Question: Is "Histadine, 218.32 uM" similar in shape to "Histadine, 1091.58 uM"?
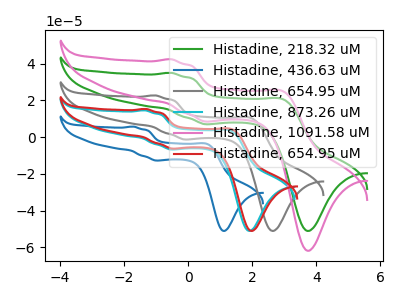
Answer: <think>The green curve "Histadine, 218.32 uM" has anodic peaks at (-0.55V, 35.00uA) (3.00V, 20.40uA) and cathodic peaks at (0.70V, 7.00uA) (3.75V, -51.10uA). The blue curve "Histadine, 436.63 uM" has anodic peaks at (-1.70V, 5.70uA) (0.60V, -3.90uA) and cathodic peaks at (-0.90V, -12.75uA) (1.15V, -51.10uA). The gray curve "Histadine, 654.95 uM" has anodic peaks at (-1.05V, 22.70uA) (2.00V, 10.20uA) and cathodic peaks at (0.00V, -1.30uA) (2.65V, -51.10uA). The cyan curve "Histadine, 873.26 uM" has anodic peaks at (-1.35V, 14.60uA) (1.35V, 3.45uA) and cathodic peaks at (-0.40V, -6.80uA) (1.95V, -51.10uA). The pink curve "Histadine, 1091.58 uM" has anodic peaks at (-0.55V, 42.40uA) (3.00V, 24.75uA) and cathodic peaks at (0.70V, 8.45uA) (3.75V, -61.85uA). The red curve "Histadine, 654.95 uM" has anodic peaks at (-1.30V, 15.35uA) (1.40V, 4.10uA) and cathodic peaks at (-0.40V, -6.25uA) (2.00V, -51.10uA).
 All the peaks in "Histadine, 218.32 uM" have a peak in "Histadine, 1091.58 uM" at the same potential.</think>
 <answer>"Histadine, 218.32 uM" and "Histadine, 1091.58 uM" are similar in shape.</answer>
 <eval>same_shape</eval>